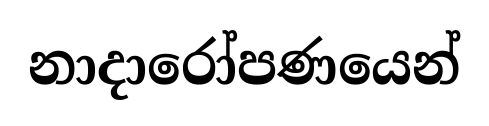
නාදාරෝපණයෙන්